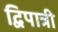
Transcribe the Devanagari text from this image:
द्विपात्री